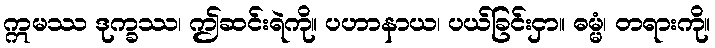
ဣမဿ ဒုက္ခဿ၊ ဤဆင်းရဲကို။ ပဟာနာယ၊ ပယ်ခြင်းငှာ။ ဓမ္မံ၊ တရားကို။